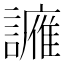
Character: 𫍑